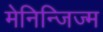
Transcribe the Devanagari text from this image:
मेनिन्जिज्म